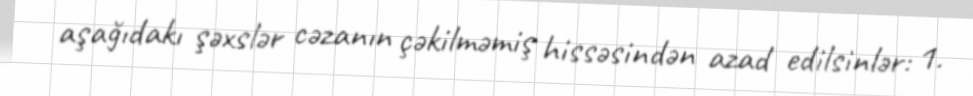
aşağıdakı şəxslər cəzanın çəkilməmiş hissəsindən azad edilsinlər: 1.